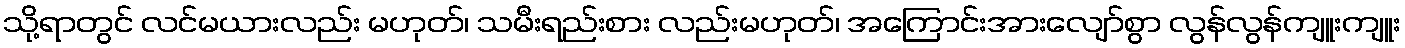
သို့ရာတွင် လင်မယားလည်း မဟုတ်၊ သမီးရည်းစား လည်းမဟုတ်၊ အကြောင်းအားလျော်စွာ လွန်လွန်ကျူးကျူး